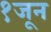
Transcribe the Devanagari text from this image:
१जून